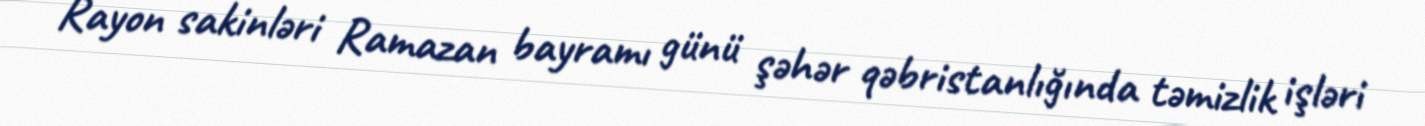
Rayon sakinləri Ramazan bayramı günü şəhər qəbristanlığında təmizlik işləri